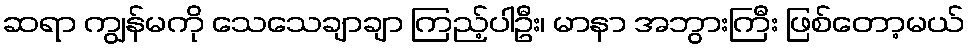
ဆရာ ကျွန်မကို သေသေချာချာ ကြည့်ပါဦး၊ မာနာ အဘွားကြီး ဖြစ်တော့မယ်